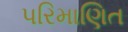
પરિમાણિત